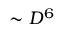
\sim D ^ { 6 }